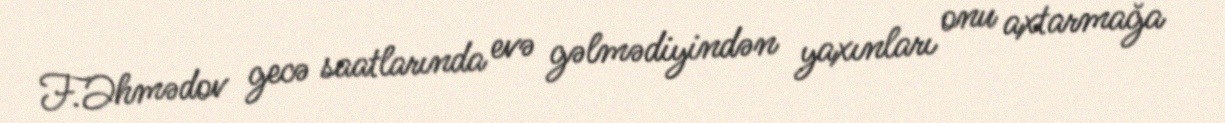
F.Əhmədov gecə saatlarında evə gəlmədiyindən yaxınları onu axtarmağa